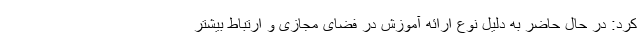
کرد: در حال حاضر به دلیل نوع ارائه آموزش در فضای مجازی و ارتباط بیشتر